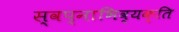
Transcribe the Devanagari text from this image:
स्वप्नाभिव्यक्ति